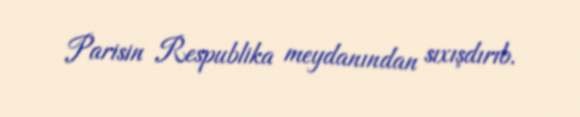
Parisin Respublika meydanından sıxışdırıb.